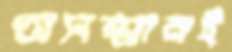
অসম্মানই